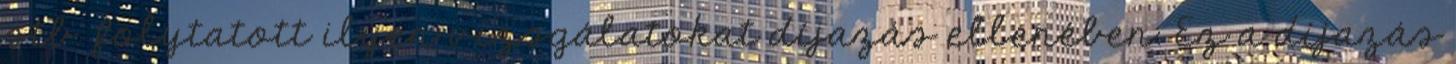
stb. folytatott ilyen vizsgálatokat díjazás ellenében. Ez a díjazás